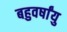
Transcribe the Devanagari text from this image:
बहुवर्षांयु